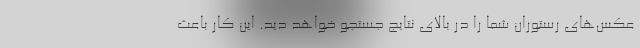
عکس‌های رستوران شما را در بالای نتایج جستجو خواهد دید. این کار باعث